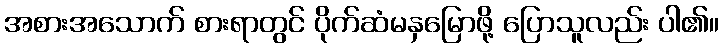
အစားအသောက် စားရာတွင် ပိုက်ဆံမနှမြောဖို့ ပြောသူလည်း ပါ၏။